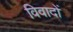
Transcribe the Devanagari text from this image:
विवादों